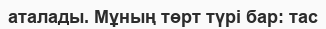
аталады. Мұның төрт түрі бар: тас